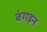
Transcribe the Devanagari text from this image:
वंगइन